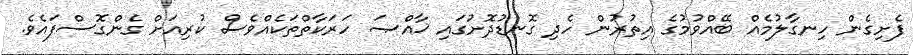
ފެށިގެން ހިނގާލުމެއް ބޭއްވުމުގެ އިތުރުން ހެދި ގޮނޑުދޮށުގައި ޚާއްޞަ ހަރަކާތްތަކެއްވެސް ކުރިއަށް ގެންގޮސްފައެވެ.